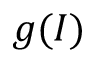
g ( I )